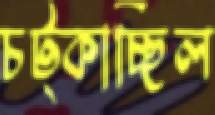
চট্‌কাচ্ছিল